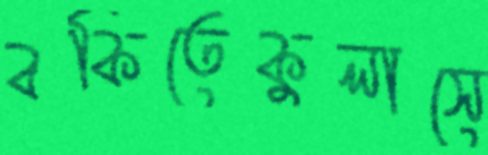
বকিতেকুলাসে